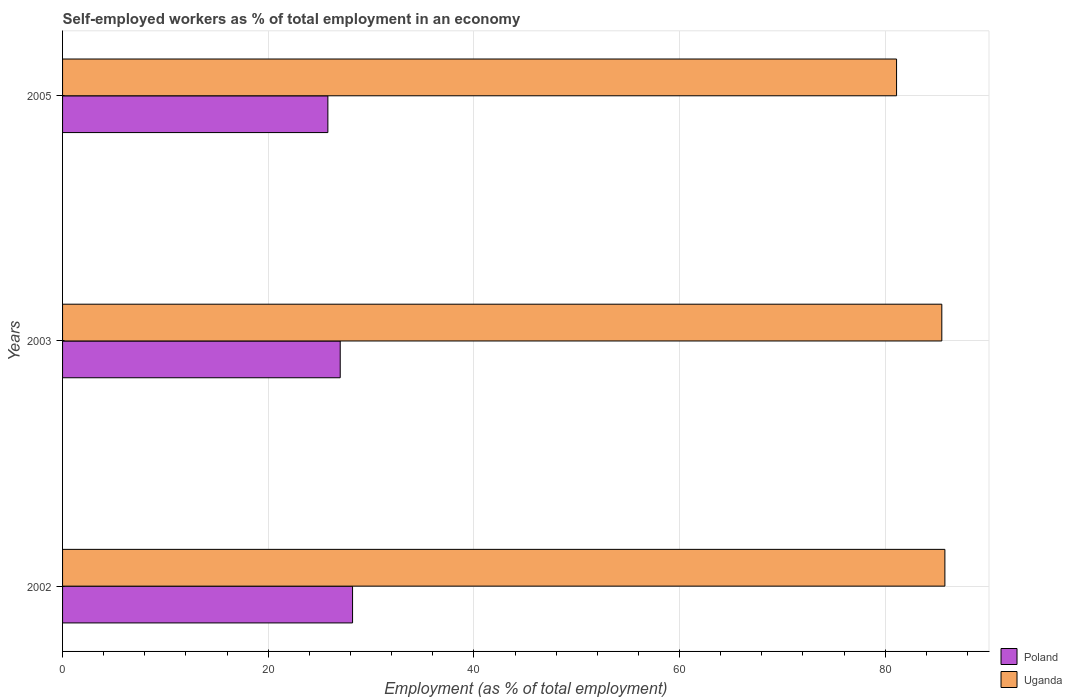
| Years | Poland | Uganda |
 | --- | --- | --- |
 | 2002 | 28.2 | 85.8 |
 | 2003 | 27 | 85.5 |
 | 2005 | 25.8 | 81.1 |